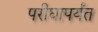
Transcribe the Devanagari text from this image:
परीघापर्यंत